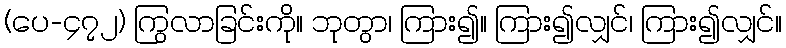
(ပေ-၄၇၂) ကြွလာခြင်းကို။ ဘုတွာ၊ ကြား၍။ ကြား၍လျှင်၊ ကြား၍လျှင်။